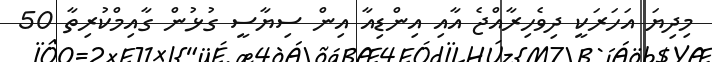
މިދިޔަ އަހަރަކީ ދިވެހިރާއްޖެ އާއި އިންޑިއާ އިން ސިޔާސީ ގުޅުން ގާއިމްކުރިތާ 50